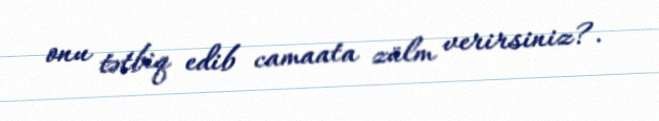
onu tətbiq edib camaata zülm verirsiniz?.